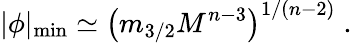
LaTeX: |\phi|_{\mathrm{min}}\simeq\left(m_{3/2}M^{n-3}\right)^{1/(n-2)}\; .